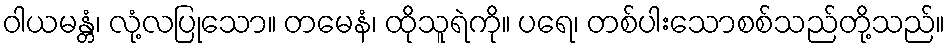
ဝါယမန္တံ၊ လုံ့လပြုသော။ တမေနံ၊ ထိုသူရဲကို။ ပရေ၊ တစ်ပါးသောစစ်သည်တို့သည်။